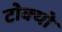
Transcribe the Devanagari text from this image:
टोक्‍यो